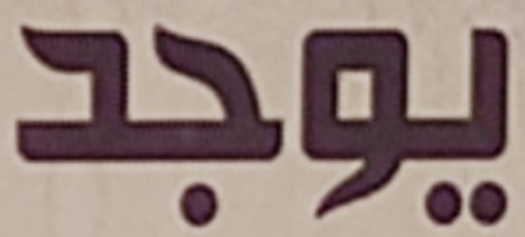
يوجد